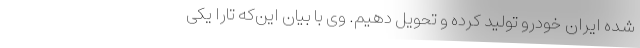
شده ایران خودرو تولید کرده و تحویل دهیم. وی با بیان این‌که تارا یکی